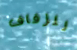
للزفاف